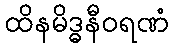
ထိနမိဒ္ဓနီဝရဏံ